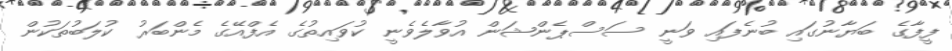
ފީފާގެ ބަޔާނުގައި ބުނެފައި ވަނީ ސަސްޕެންޝަން އުވާލެވެނީ ކުވައިތުގެ އެފްއޭގެ މެންބަރު ކުލަބުތަކުން